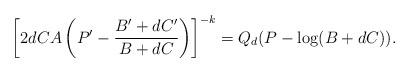
LaTeX: \begin{align*} \left[ 2d CA \left( P' - \frac{B'+dC'}{B+dC} \right) \right]^{-k} = Q_d (P - \log (B+dC) ) .\end{align*}